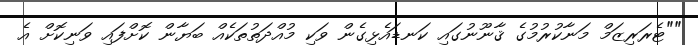
""ޓެރަރިޒަމް މަނާކުރުމުގެ ޤާނޫނުގައި ކަނޑައެޅިގެން ވަކި މުއްދަތުތަކެއް ބަޔާން ކޮށްފައި ވަނިކޮށް އެ